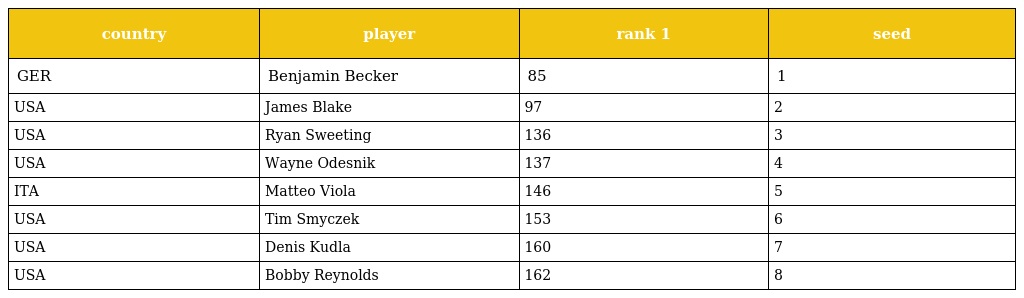
| country | player | rank 1 | seed |
 | --- | --- | --- | --- |
 | GER | Benjamin Becker | 85 | 1 |
 | USA | James Blake | 97 | 2 |
 | USA | Ryan Sweeting | 136 | 3 |
 | USA | Wayne Odesnik | 137 | 4 |
 | ITA | Matteo Viola | 146 | 5 |
 | USA | Tim Smyczek | 153 | 6 |
 | USA | Denis Kudla | 160 | 7 |
 | USA | Bobby Reynolds | 162 | 8 |